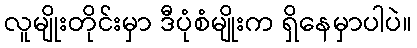
လူမျိုးတိုင်းမှာ ဒီပုံစံမျိုးက ရှိနေမှာပါပဲ။